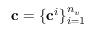
\mathbf { c } = \{ \mathbf { c } ^ { i } \} _ { i = 1 } ^ { n _ { v } }